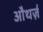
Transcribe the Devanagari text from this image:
औथर्ज़